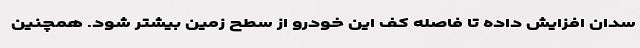
سدان افزایش داده تا فاصله کف این خودرو از سطح زمین بیشتر شود. همچنین